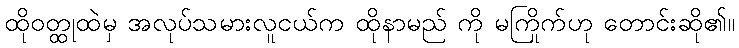
ထိုဝတ္ထုထဲမှ အလုပ်သမားလူငယ်က ထိုနာမည် ကို မကြိုက်ဟု တောင်းဆို၏။